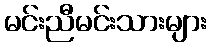
မင်းညီမင်းသားများ